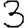
Digit: 3